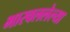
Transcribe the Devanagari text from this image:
भारवललेल्या